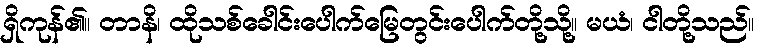
ရှိကုန်၏။ တာနိ၊ ထိုသစ်ခေါင်းပေါက်မြေတွင်းပေါက်တို့သို့။ မယံ၊ ငါတို့သည်။